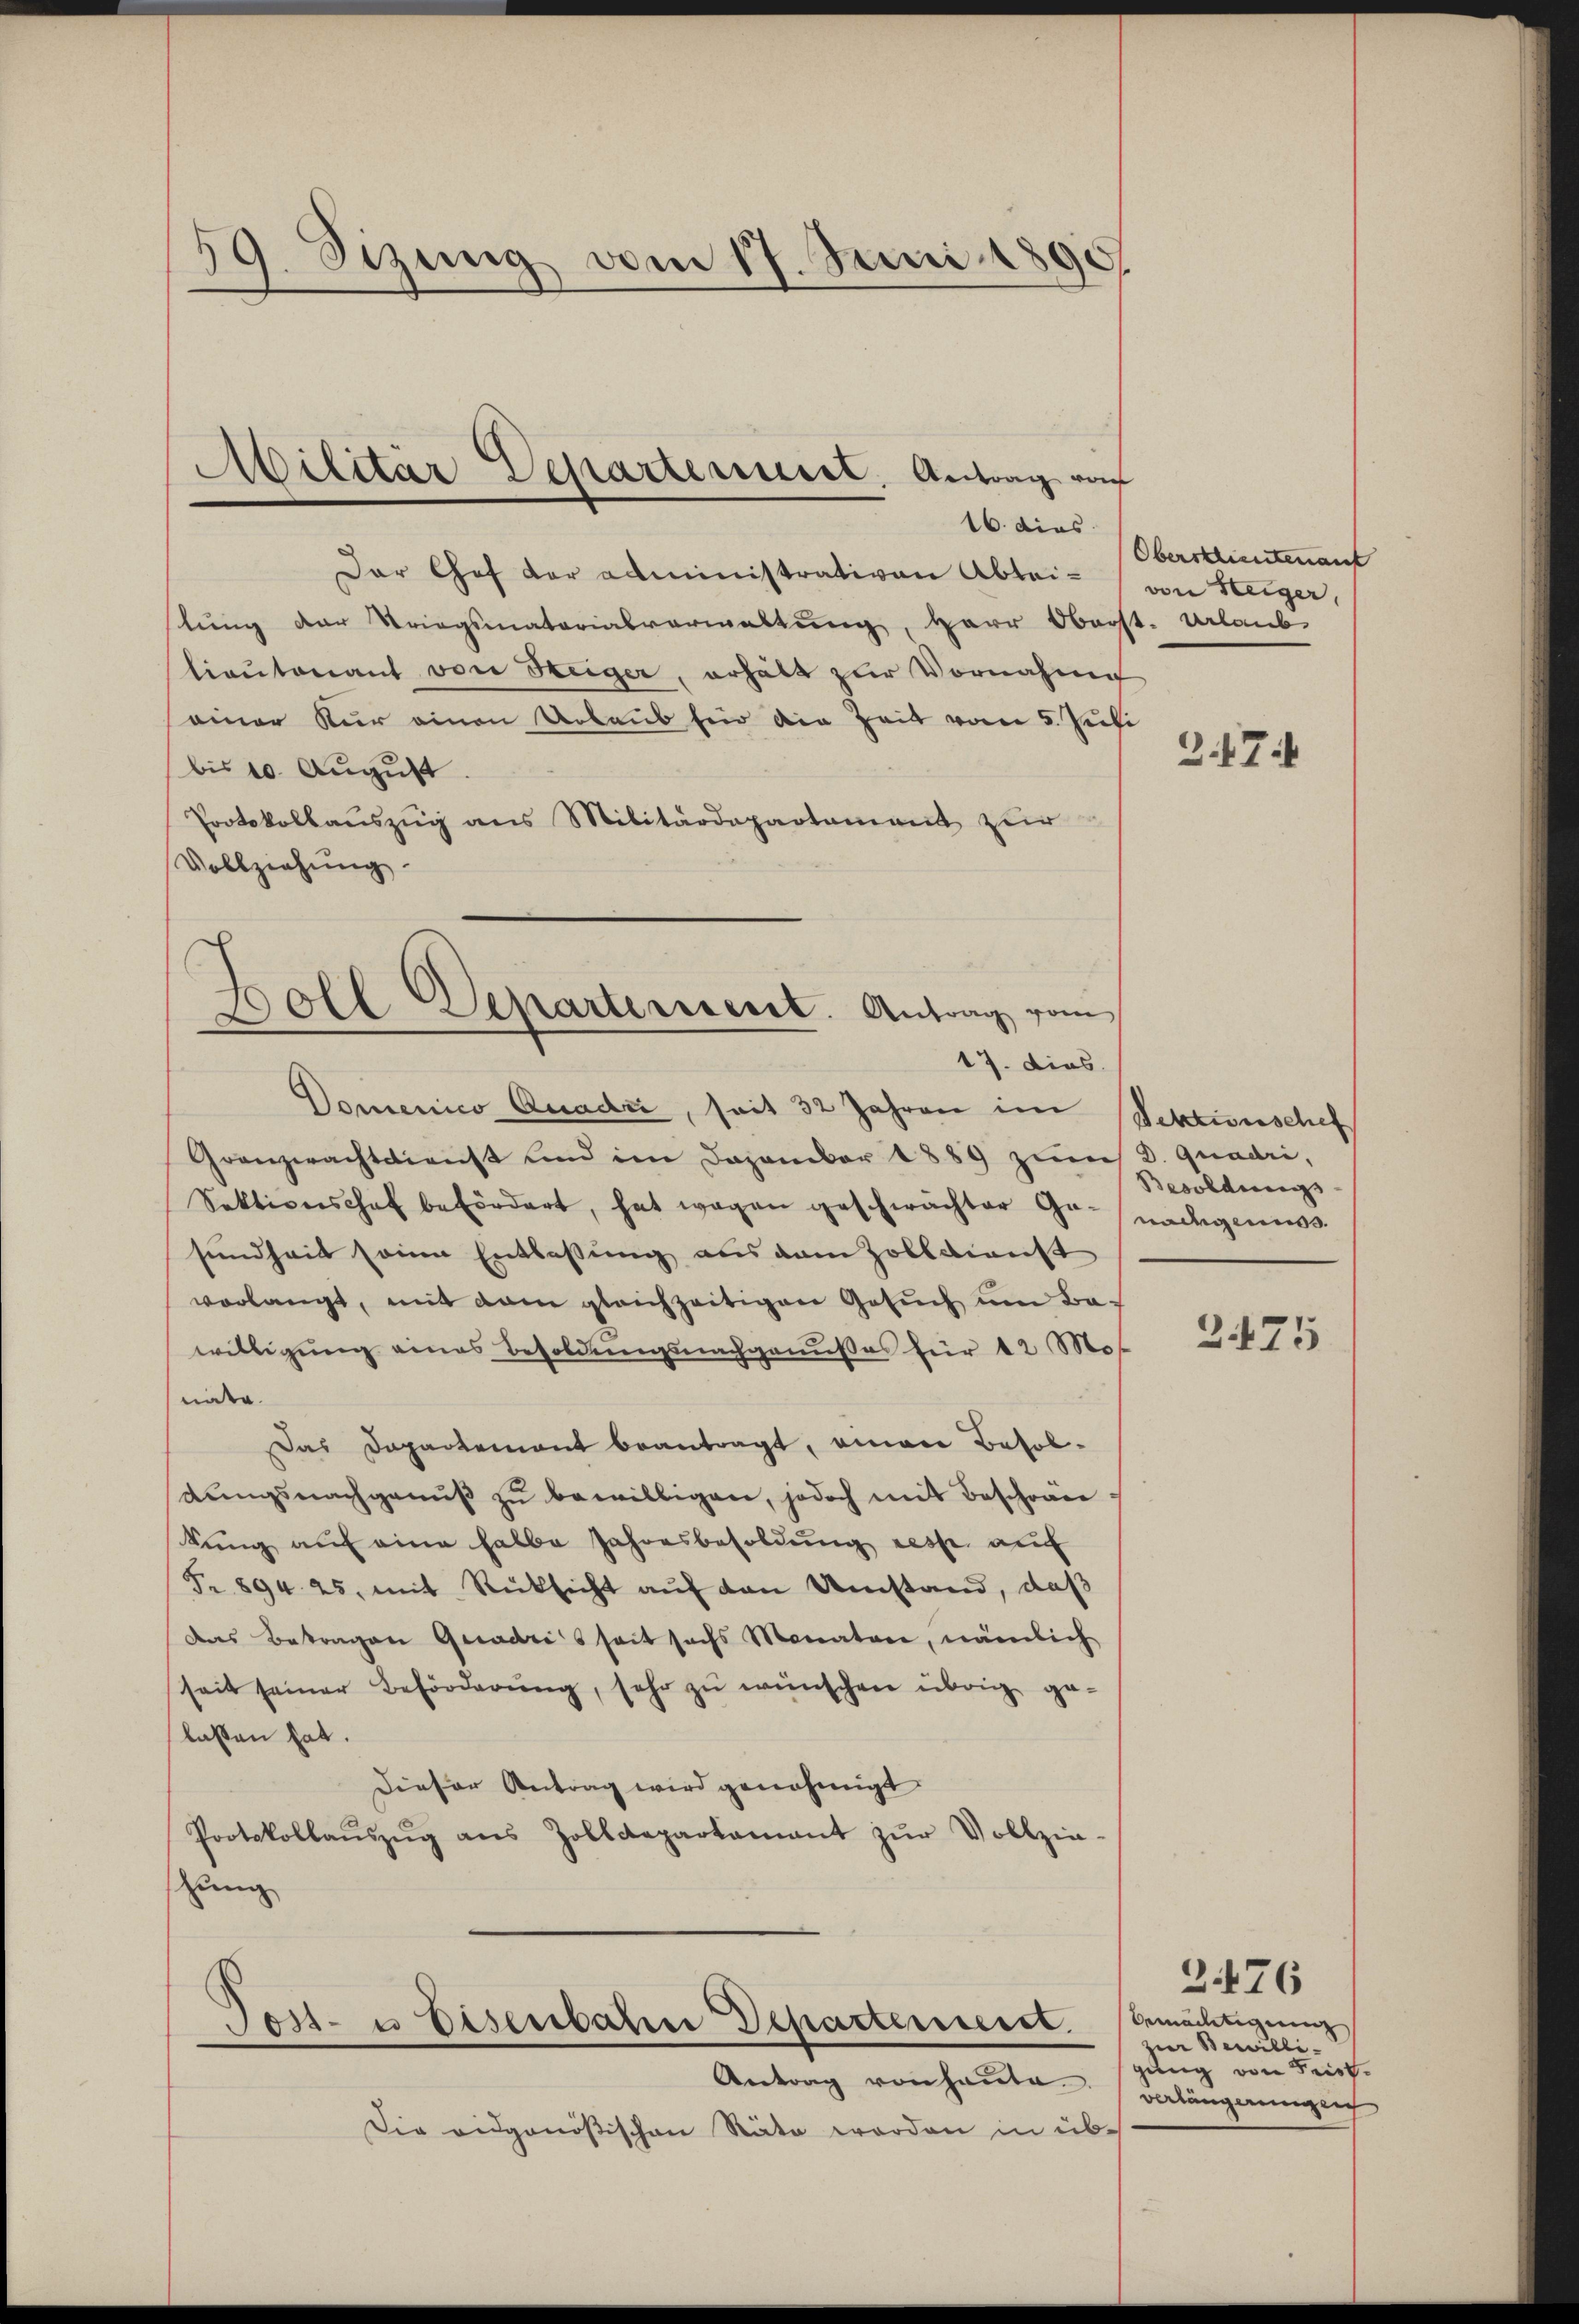
59. Sizung vom 17. Juni 1890.

Dar Chef der administrativen Abteilung der Kriegsmaterialverwaltung, Herr Oberst- Urlaub
lieŭtenant von Steiger, erhält zŭr Vornahm
einer Kur einen Urlaub für die Zeit vom 5. Juli
bis 10. August.
Protokollaŭszŭg ans Militärdepartament zur
Vollziehŭng.
Domenico Quadu, seit 32 Jahren im
Granzwachtdienst und im Dozember 1889 zum D. Quadri,
Sektionshof befördert, hat wegen geschwächter Gr. nachgemess
sundheit seine Entlassung aus dem Zolldienst
vorlangt, mit dem gleichzeitigen Gesuch um Bawilligŭng eines Besoldŭngsnachganŭses für 12 Mos
iinder.
Das Dapartement beantragt, eine Besoldŭngsnachgenŭβ zŭ bewilligen, jedoch mit Beschrän
sung auf eine halbe Jahresbesoldung desse auf
Fr. 894. 25, mit Rücksicht auf den Umstand, daß
Das Betragen Quadrisseit sechs Monaten, nämlich
seit seiner Beförderŭng, sehr zu wünschen übrig ge-
lassen hat.
Dieser Antrag wird genehmigt.
Protokollaŭszŭg ans Zolldepartamant zŭr Vollzie-
hung

Militär Departerreist. Antrag von
16. dies

Boll Departerneret. Antrag vom
17. dies

Tost- u Eisenbahn Departement

Antrag von Hausen. (verlängerungen
Die eidgenößischen Räte worden in üb¬

Oberstlieutenauf
von Steiger,

3.7

Sektionschef
Besoldungs
2475

bemächtigung
zur Bewilligung von Frist.

2476